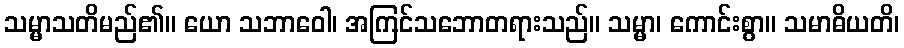
သမ္မာသတိမည်၏။ ယော သဘာဝေါ၊ အကြင်သဘောတရားသည်။ သမ္မာ၊ ကောင်းစွာ။ သမာဓိယတိ၊